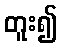
တူး၍